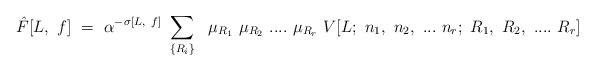
LaTeX: \begin{align*}{\hat F[L,~f]}~=~ \alpha^{-\sigma[L,~f]}~\sum_{\{R_i\}}~~\mu_{R_1}~\mu_{R_2}~....~\mu_{R_r}~ V[L;~n_1,~n_2,~...~n_r;~R_1,~R_2,~....~R_r] \end{align*}